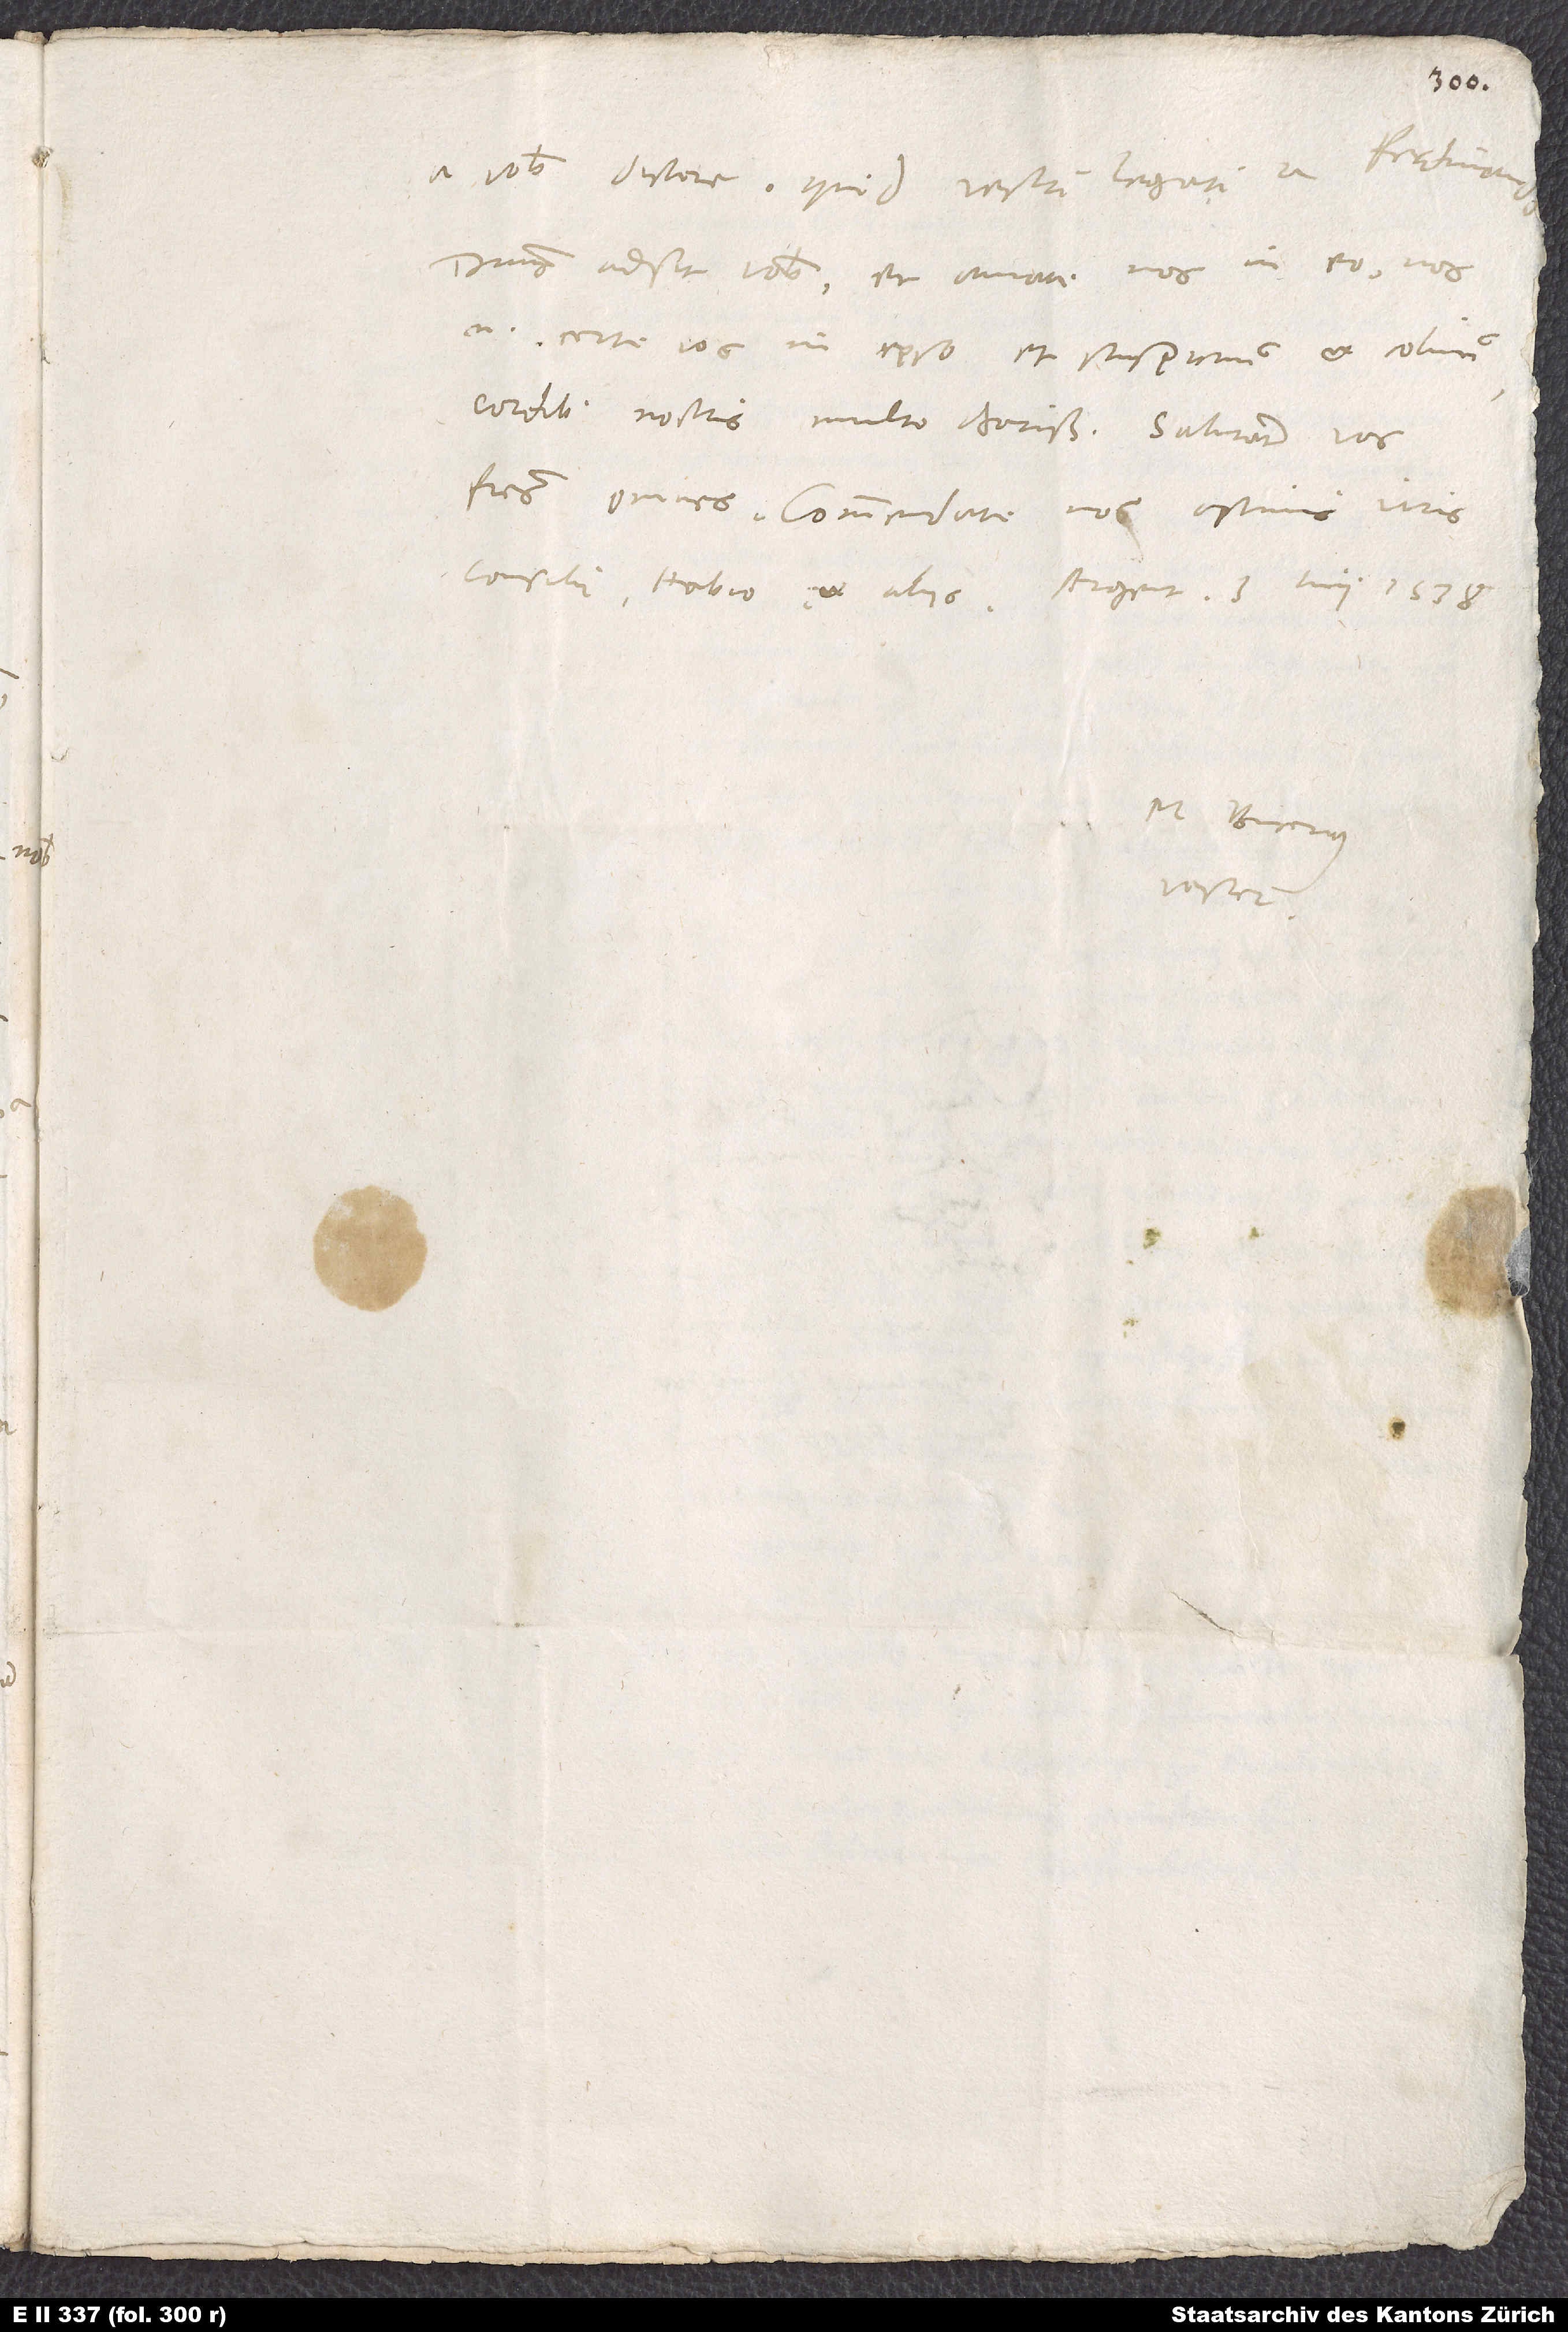
a vobis discere, quid vestri legati a Ferdinando.
Dominus adsit vobis, et amate nos in eo; nos
enim certe vos in ipso et suspicimus et colimus
cordibus nostris multo charissimos. Salutant vos
fratres omnes. Commendate nos optimis viris
consuli, Habio et aliis. Argent, 3. iunii 1538.
M. Bucerus
vester.